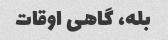
بله، گاهی اوقات